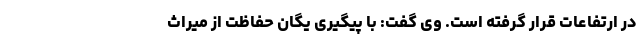
در ارتفاعات قرار گرفته است. وی گفت: با پیگیری‌ یگان حفاظت از میراث